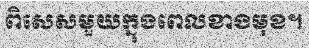
ពិសេសមួយក្នុងពេលខាងមុខ។